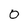
Character: 0